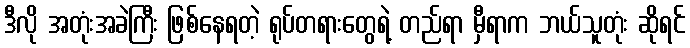
ဒီလို အတုံးအခဲကြီး ဖြစ်နေရတဲ့ ရုပ်တရားတွေရဲ့ တည်ရာ မှီရာက ဘယ်သူတုံး ဆိုရင်